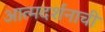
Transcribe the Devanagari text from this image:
आत्मदर्शनाची